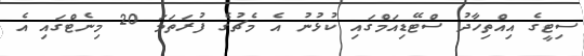
ސިޓީގެ އިއްތިހާދު ސްޓޭޑިއަމްގައި ކުޅުނު އެ މެޗުގެ ފުރަތަމަ 20 މިނެޓްގައި އެ